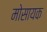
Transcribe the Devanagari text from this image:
मोसायक